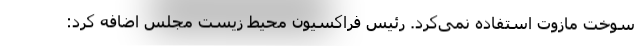
سوخت مازوت استفاده نمی‌کرد. رئیس فراکسیون محیط زیست مجلس اضافه کرد: